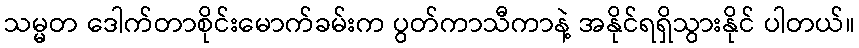
သမ္မတ ဒေါက်တာစိုင်းမောက်ခမ်းက ပွတ်ကာသီကာနဲ့ အနိုင်ရရှိသွားနိုင် ပါတယ်။